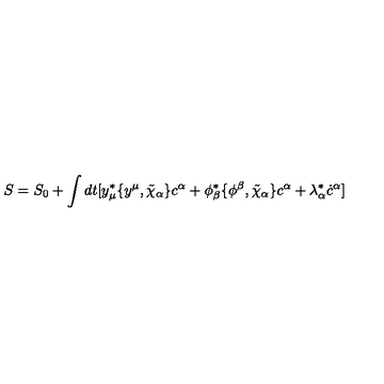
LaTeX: S = S _ { 0 } + \int d t [ y _ { \mu } ^ { * } \{ y ^ { \mu } , \tilde { \chi } _ { \alpha } \} c ^ { \alpha } + \phi _ { \beta } ^ { * } \{ \phi ^ { \beta } , \tilde { \chi } _ { \alpha } \} c ^ { \alpha } + \lambda _ { \alpha } ^ { * } \dot { c } ^ { \alpha } ]